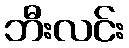
ဘီးလင်း